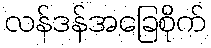
လန်ဒန်အခြေစိုက်